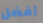
أفضل